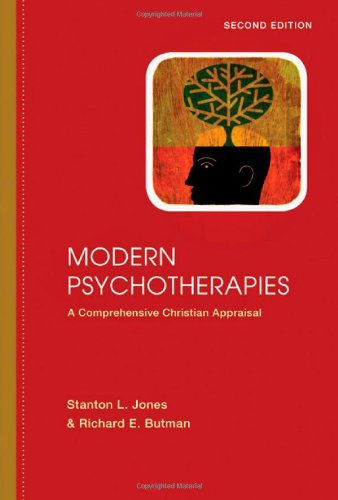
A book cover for Modern Psychotherapies: A Comprehensive Christian Appraisal (Christian Association for Psychological Studies Partnership); Stanton L. Jones; Christian Books & Bibles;